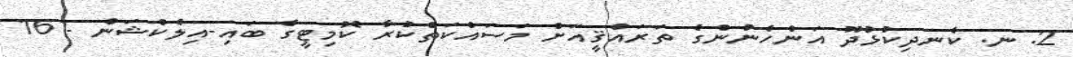
2. ނ. ކެނދިކުޅުދޫ އަންހެނުންގެ ތަރައްޤީއަށް މަސައްކަތްކުރާ ކޮމިޓީގެ ބައި-އިލެކްޝަން - 16